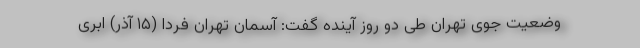
وضعیت جوی تهران طی دو روز آینده گفت: آسمان تهران فردا (۱۵ آذر) ابری